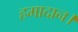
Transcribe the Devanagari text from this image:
हमादान।